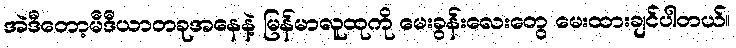
အဲဒီတော့မီဒီယာတခုအနေနဲ့ မြန်မာလူထုကို မေးခွန်းလေးတွေ မေးထားချင်ပါတယ်။